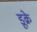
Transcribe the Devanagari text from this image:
डूक्रे